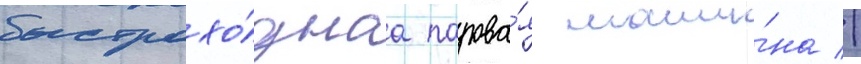
быстрохо́днаа парова́я маши́на //